Medical and sanitary report of the native army of Bengal for the year
Year: 1875
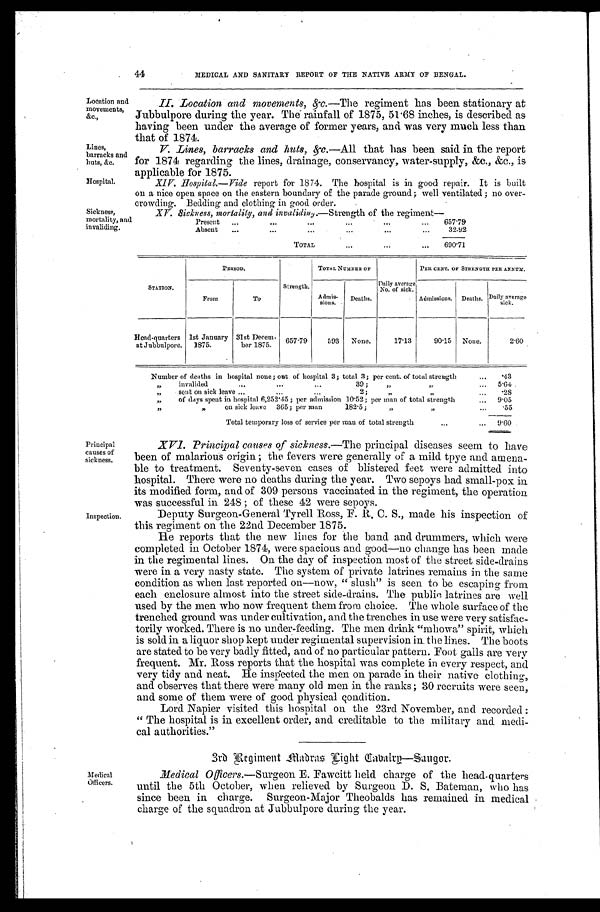
Location and
movements,
&c.,
Lines,
barracks and
huts, &c.
Hospital.
44
MEDICAL AND SANITARY REPORT OF THE NATIVE ARMY OF BENGAL.
II. Location and movements,&c.
—The regiment has been stationary at
Jubbulpore during the year. The rainfall of 1875, 51.68 inches, is described as
having been under the average of former years, and was very much less than
that, of 1874.
V. Lines, barracks and huts,&C.— A l lt
h a t h a s b e e n s a i d i n t h e r e p o r t
for 1874 regarding the lines, drainage, conservancy, water-supply, &c., &c., is
applicable for 1875.
XIV. Hospital.—Vide report for 1874. The hospital. is in good repair. It is built
on a nice open space on the eastern boundary of the parade ground; well ventilated ; no over
-crowding. Bedding and clothing in good order.
Sickness,
mortality, and
invaliding.
XV. Sickness. mortality, and invalidiny.—Strength of the regiment—
Present . . .
657.79
Absent . . .
32.92
TOTAL . . .
690.71
STATION.
PERIOD.
Strength.
TOTAL NUMBER OF
Daily average
No. of sick.
PER CENT. OF STRENGTH PER ANNUM.
From
To
Admis-
sions.
Deaths.
Admissions.
Deaths. Daily average
sick.
Head-quarters
at Jubbulpore.
1st January
1875.
31st Decem-
ber 1875.
657.79
593
None.
17.13
90.15
None.
2.60
Number of deaths in hospital none; out of hospital 3; total 3; per cent. of total strength . . .
.43
" invalided . . . 39; " " . . .
5.64
" sent on sick leave . . . 2; " " . . .
.28
" of days spent in hospital 6,252.45; per admission 10 . 52; per man of total strength . . .
9.05
" " on sick leave 365; per man 182.5; " " . . .
. 5 5
Total temporary loss of service per man of total strength . . .
9.60
Principal
causes of
sickness.
Inspection.
Medical
Officers.
XVI. Principal causes of sickness.— The principal diseases seem to have
been of malarious origin ; the fevers were generally of a mild type and amena--
ble to treatment. Seventy-seven cases of blistered feet were admitted into
hospital. There were no deaths during the year. Two sepoys had small-pox in
its modified form, and of 309 persons vaccinated in the regiment, the operation
was successful in 248 ; of these 42 were sepoys.
Deputy Surgeon-General Tyrell Ross, F. R. C. S., made his inspection of
this regiment on the 22nd December 1875.
He reports that the new lines for the band and drummers, which were
completed in October 1874, were spacious and good—no change has been made
in the regimental lines. On the day of inspection most of the street side-drains
were in a very nasty state. The system of private latrines remains in the same
condition as when last reported on—now, "slush" is seen to be escaping from
each enclosure almost into the street side-drains. The public latrines are well
used by the men who now frequent them from choice. The whole surface of the
trenched ground. was under cultivation, and the trenches in use were very satisfac--
torily worked. There is no under-feeding. The men drink "mhowa" spirit, which
is sold in a liquor shop kept under regimental supervision in. the lines. The boots
are stated to be very badly fitted, and of no particular pattern. Foot galls are very
frequent. Mr. Ross reports that the hospital was complete in every respect, and
very tidy and neat. He inspected the men on parade in their native clothing,
and observes that there were many old men in the ranks; 30 recruits were seen,
and some of them were of good physical Condition.
Lord Napier visited this hospital on the 23rd November, and recorded:
" The hospital is in excellent order, and creditable to the military and medi-
-cal authorities."
3rd Rigiment Madras Right Cabalrp—Saugor.
Medical Officers. —Surgeon E. Fawcitt held charge of the head-quarters
until the 5th October, when relieved. by Surgeon D. S. Bateman, who has
since been in charge. Surgeon-Major Theobalds has remained in medical
charge of the squadron at Jubbulpore during the year.